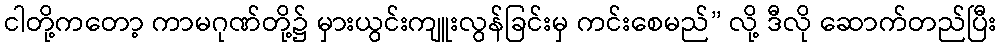
ငါတို့ကတော့ ကာမဂုဏ်တို့၌ မှားယွင်းကျူးလွန်ခြင်းမှ ကင်းစေမည်” လို့ ဒီလို ဆောက်တည်ပြီး